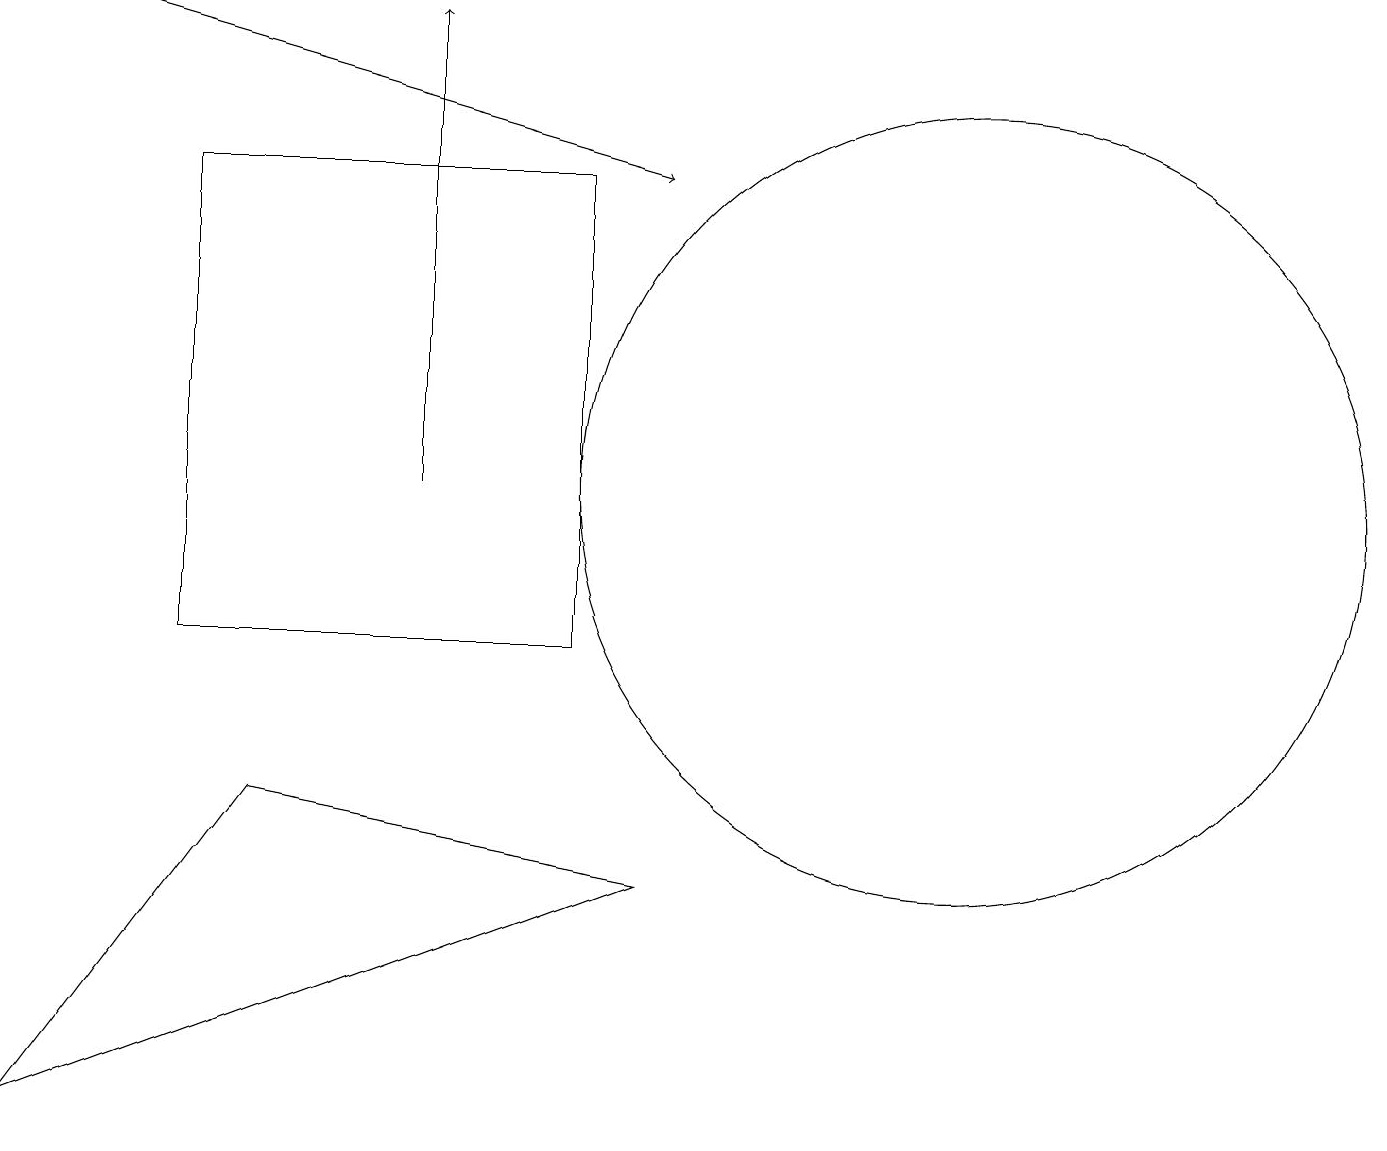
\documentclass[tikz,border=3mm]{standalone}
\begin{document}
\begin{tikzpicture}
\draw (7,16) rectangle (2,10);
\draw (12,12) circle (5);
\draw (3,8) -- (8,7) -- (0,4) -- cycle;
\draw (10,11) circle (0);
\draw[->] (5,12) -- (5,18);
\draw[->] (1,18) -- (8,16);
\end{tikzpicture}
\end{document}